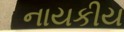
નાયકીય